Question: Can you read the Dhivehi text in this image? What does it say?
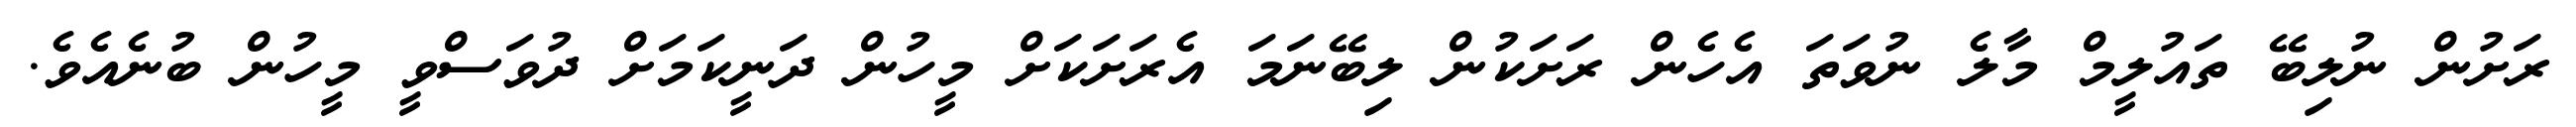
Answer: ރަށުން ނުލިބޭ ތައުލީމް މާލެ ނުވަތަ އެހެން ރަށަކުން ލިބޭނަމަ އެރަށަކަށް މީހުން ދަނީކަމަށް ދުވަސްވީ މީހުން ބުނެއެވެ.